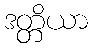
ဒတ္တိယာ